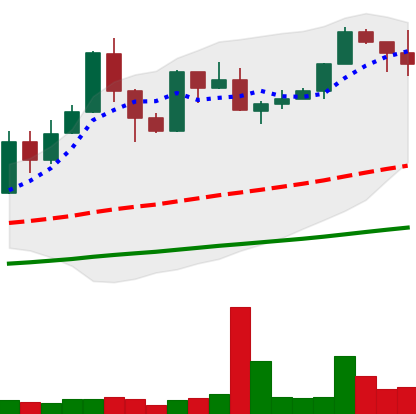
Ticker: XMR-USD
Chart end date: 2019-05-30
Forward return: -9.374%
Label: down_7plus